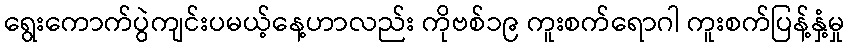
ရွေးကောက်ပွဲကျင်းပမယ့်နေ့ဟာလည်း ကိုဗစ်၁၉ ကူးစက်ရောဂါ ကူးစက်ပြန့်နှံ့မှု